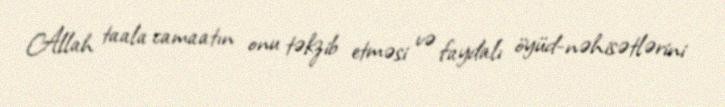
Allah taala camaatın onu təkzib etməsi və faydalı öyüd-nəhisətlərini